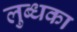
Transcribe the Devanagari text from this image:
लुब्धका